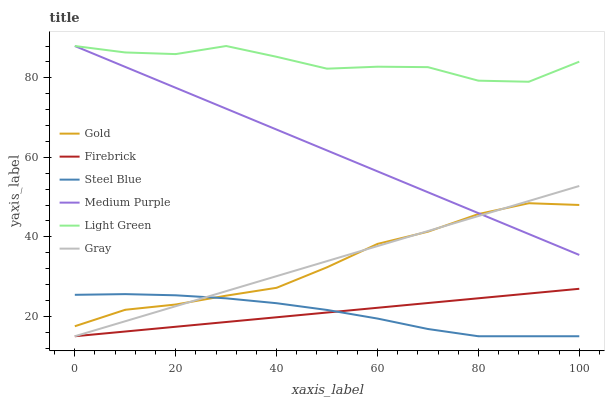
| xaxis_label | Gold | Firebrick | Steel Blue | Medium Purple | Light Green | Gray |
 | --- | --- | --- | --- | --- | --- | --- |
 | 0 | 17.5 | 15 | 25.4 | 88 | 88 | 15 |
 | 10 | 21.7 | 16.2 | 25.6 | 82.7 | 86.4 | 18.8 |
 | 20 | 23 | 17.4 | 25.3 | 77.5 | 86 | 22.6 |
 | 30 | 25.2 | 18.6 | 24.5 | 72.2 | 88 | 26.3 |
 | 40 | 27.2 | 19.8 | 23.3 | 67 | 85.3 | 30.1 |
 | 50 | 32.3 | 21 | 21.6 | 61.7 | 82.3 | 33.9 |
 | 60 | 38.2 | 22.2 | 19.5 | 56.5 | 82.8 | 37.7 |
 | 70 | 41.3 | 23.4 | 16.8 | 51.2 | 82.7 | 41.5 |
 | 80 | 45.7 | 24.5 | 15 | 46 | 79.3 | 45.2 |
 | 90 | 48.5 | 25.7 | 15 | 40.7 | 79 | 49 |
 | 100 | 48 | 26.9 | 15 | 35.5 | 84.1 | 52.8 |